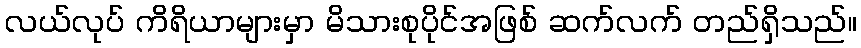
လယ်လုပ် ကိရိယာများမှာ မိသားစုပိုင်အဖြစ် ဆက်လက် တည်ရှိသည်။